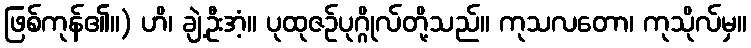
ဖြစ်ကုန်၏။) ဟိ၊ ချဲ့ဦးအံ့။ ပုထုဇဉ်ပုဂ္ဂိုလ်တို့သည်။ ကုသလတော၊ ကုသိုလ်မှ။